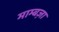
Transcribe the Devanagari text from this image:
माम्बज़ा